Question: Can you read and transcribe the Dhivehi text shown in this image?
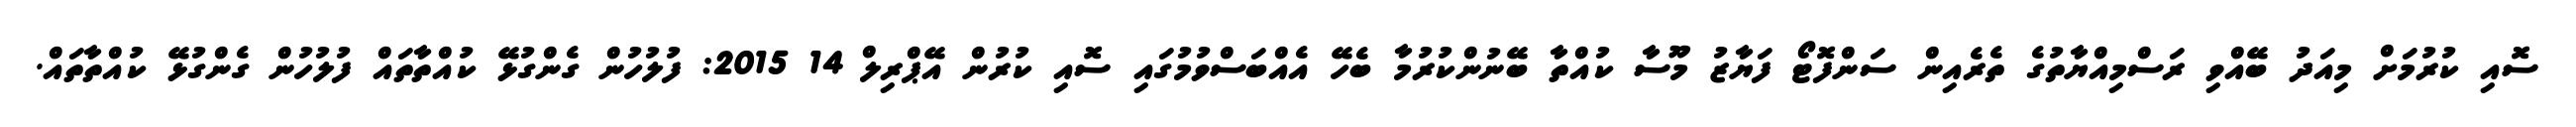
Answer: ސޮއި ކުރުމަށް މިއަދު ބޭއްވި ރަސްމިއްޔާތުގެ ތެރެއިން ސަންފޮޓޯ ފަޔާޒު މޫސާ ކުއްތާ ބޭނުންކުރުމާ ބެހޭ އެއްބަސްވުމުގައި ސޮއި ކުރުން އޭޕްރިލް 14 2015: ފުލުހުން ގެންގުޅޭ ކުއްތާތައް ފުލުހުން ގެންގުޅޭ ކުއްތާތައް.